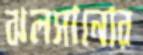
ঝলসানোর